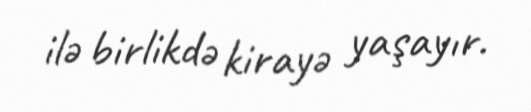
ilə birlikdə kirayə yaşayır.